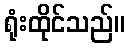
ရုံးထိုင်သည်။